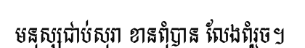
មនុស្សជាប់សុរា ខានពុំបាន លែងពុំរួច។